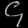
Digit: ၄